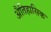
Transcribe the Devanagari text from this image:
अैतिहासिक